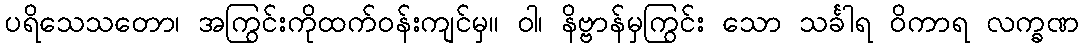
ပရိသေသတော၊ အကြွင်းကိုထက်ဝန်းကျင်မှ။ ဝါ၊ နိဗ္ဗာန်မှကြွင်း သော သင်္ခါရ ဝိကာရ လက္ခဏ